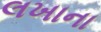
લખાના